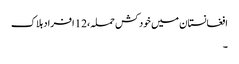
افغانستان میں خود کش حملہ،12 افراد ہلاک
۔